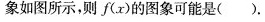
象如图所示，则f(x)的图象可能是（）。